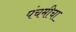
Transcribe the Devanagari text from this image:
पंचमीचा